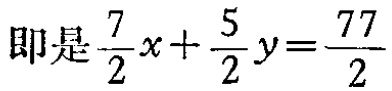
即是\(\frac{7}{2}x + \frac{5}{2}y = \frac{77}{2}\)